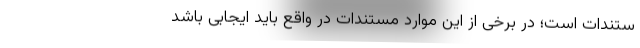
ستندات است؛ در برخی از این موارد مستندات در واقع باید ایجابی باشد